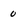
Character: 0